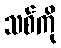
သစ်ကို